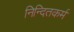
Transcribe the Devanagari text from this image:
निन्दितकर्म